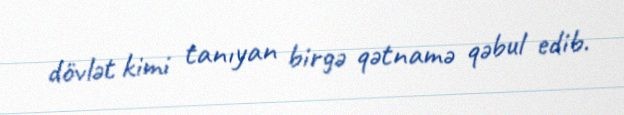
dövlət kimi tanıyan birgə qətnamə qəbul edib.